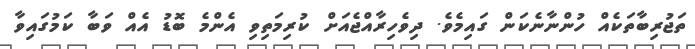
ތަޖުރިބާތަކެއް ހުންނާނެކަން ގައިމެވެ. ދިވެހިރާއްޖެއަށް ކުރިމަތިވި އެންމެ ބޮޑު އެއް ވަބާ ކަމުގައިވާ